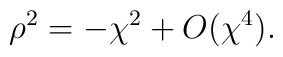
\rho ^{2} = -\chi^{2} + O (\chi^{4}).